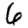
Digit: 6